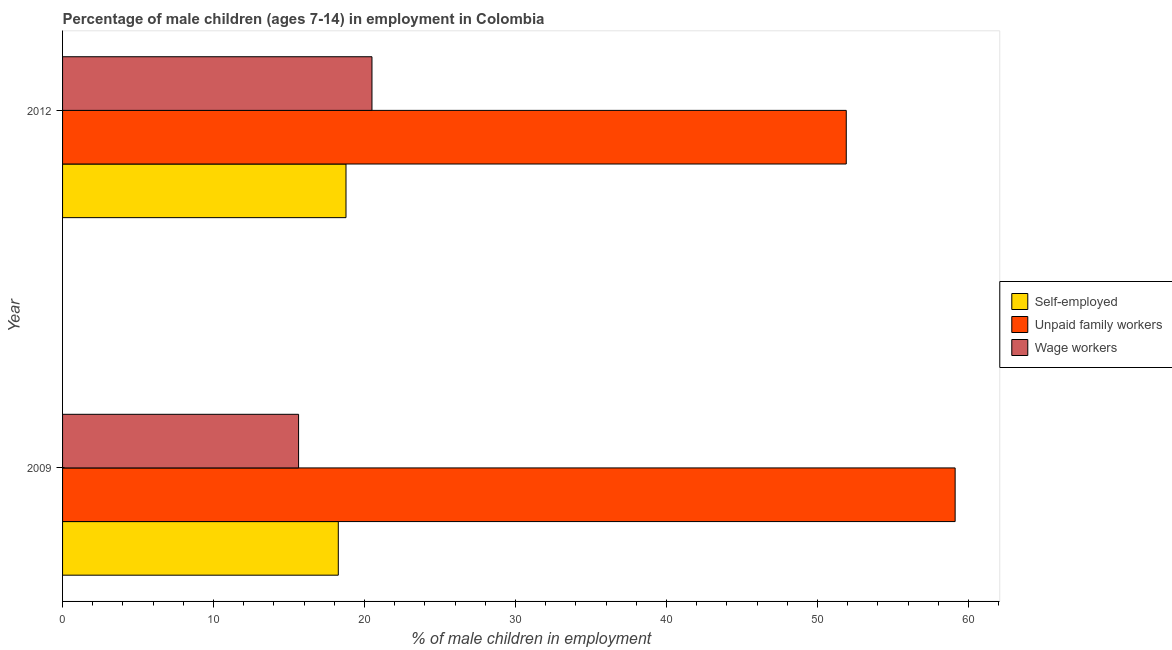
| Year | Self-employed | Unpaid family workers | Wage workers |
 | --- | --- | --- | --- |
 | 2009 | 18.3 | 59.1 | 15.6 |
 | 2012 | 18.8 | 51.9 | 20.5 |